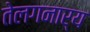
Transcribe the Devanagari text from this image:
तेलगनार्य